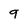
Character: 9